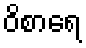
ဝိစာရေ